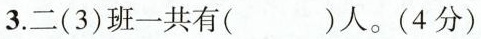
3.二(3)班一共有()人。(4分)